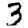
Digit: 3